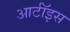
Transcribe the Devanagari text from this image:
आर्टॉइस